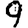
Digit: 9